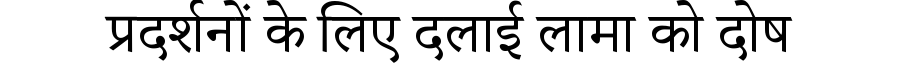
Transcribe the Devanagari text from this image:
प्रदर्शनों के लिए दलाई लामा को दोष